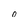
Character: 0